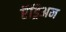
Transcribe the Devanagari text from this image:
ऍड्रिअन